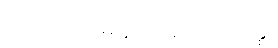
ခါဏု ကောမဏ္ဍညမထေရ်ဝတ္ထု